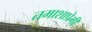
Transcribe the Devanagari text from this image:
तमाशाप्रेमी